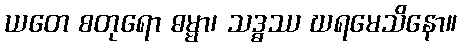
ယတေ စတုရော ဓမ္မာ၊ သဒ္ဓဿ ဃရမေသိနော။